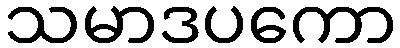
သမာဒပကော